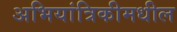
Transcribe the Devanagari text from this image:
अभियांत्रिकीमधील